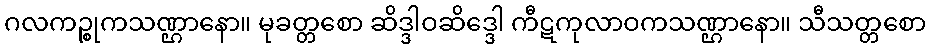
ဂလကဉ္စုကသဏ္ဌာနော။ မုခတ္တစော ဆိဒ္ဒါဝဆိဒ္ဒေါ ကီဋကုလာဝကသဏ္ဌာနော။ သီသတ္တစော